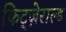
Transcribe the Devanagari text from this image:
फिट्ज़ेराल्ड